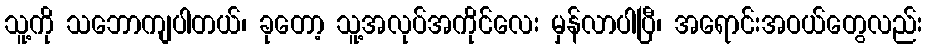
သူ့ကို သဘောကျပါတယ်၊ ခုတော့ သူ့အလုပ်အကိုင်လေး မှန်လာပါပြီ၊ အရောင်းအဝယ်တွေလည်း